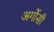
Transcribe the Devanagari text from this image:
अर्गोसी